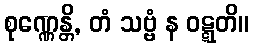
စုဏ္ဏေန္တိ, တံ သဗ္ဗံ န ဝဋ္ဋတိ။